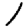
Digit: 1